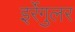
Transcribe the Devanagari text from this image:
इर्रेगुलर